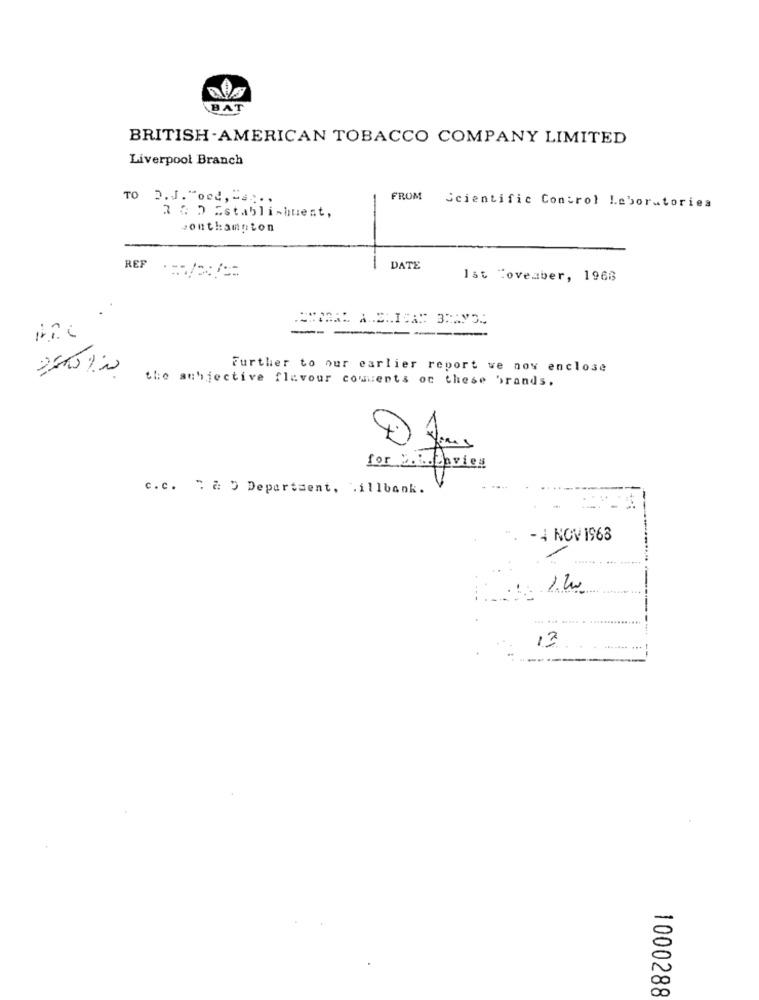
BAT
BRITISH- AMERICAN TOBACCO COMPANY LIMITED
Liverpool Branch
TO 2.J."oce, "s ...
FROM
Scientific Control Laboratories
2 G D Establishuent,
ponthamnton
DATE
REF .===
Ist Coveaber, 1968
..
-- --
---
Further to our earlier report we now enclose
the anhjective flavour comments on these brands.
for cavies
c.c. " a ) Department, . illbank.
- 4 NOV 1963
13
1000288